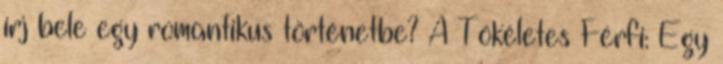
írj bele egy romantikus történetbe? A Tökéletes Férfi: Egy